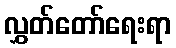
လွှတ်တော်ရေးရာ